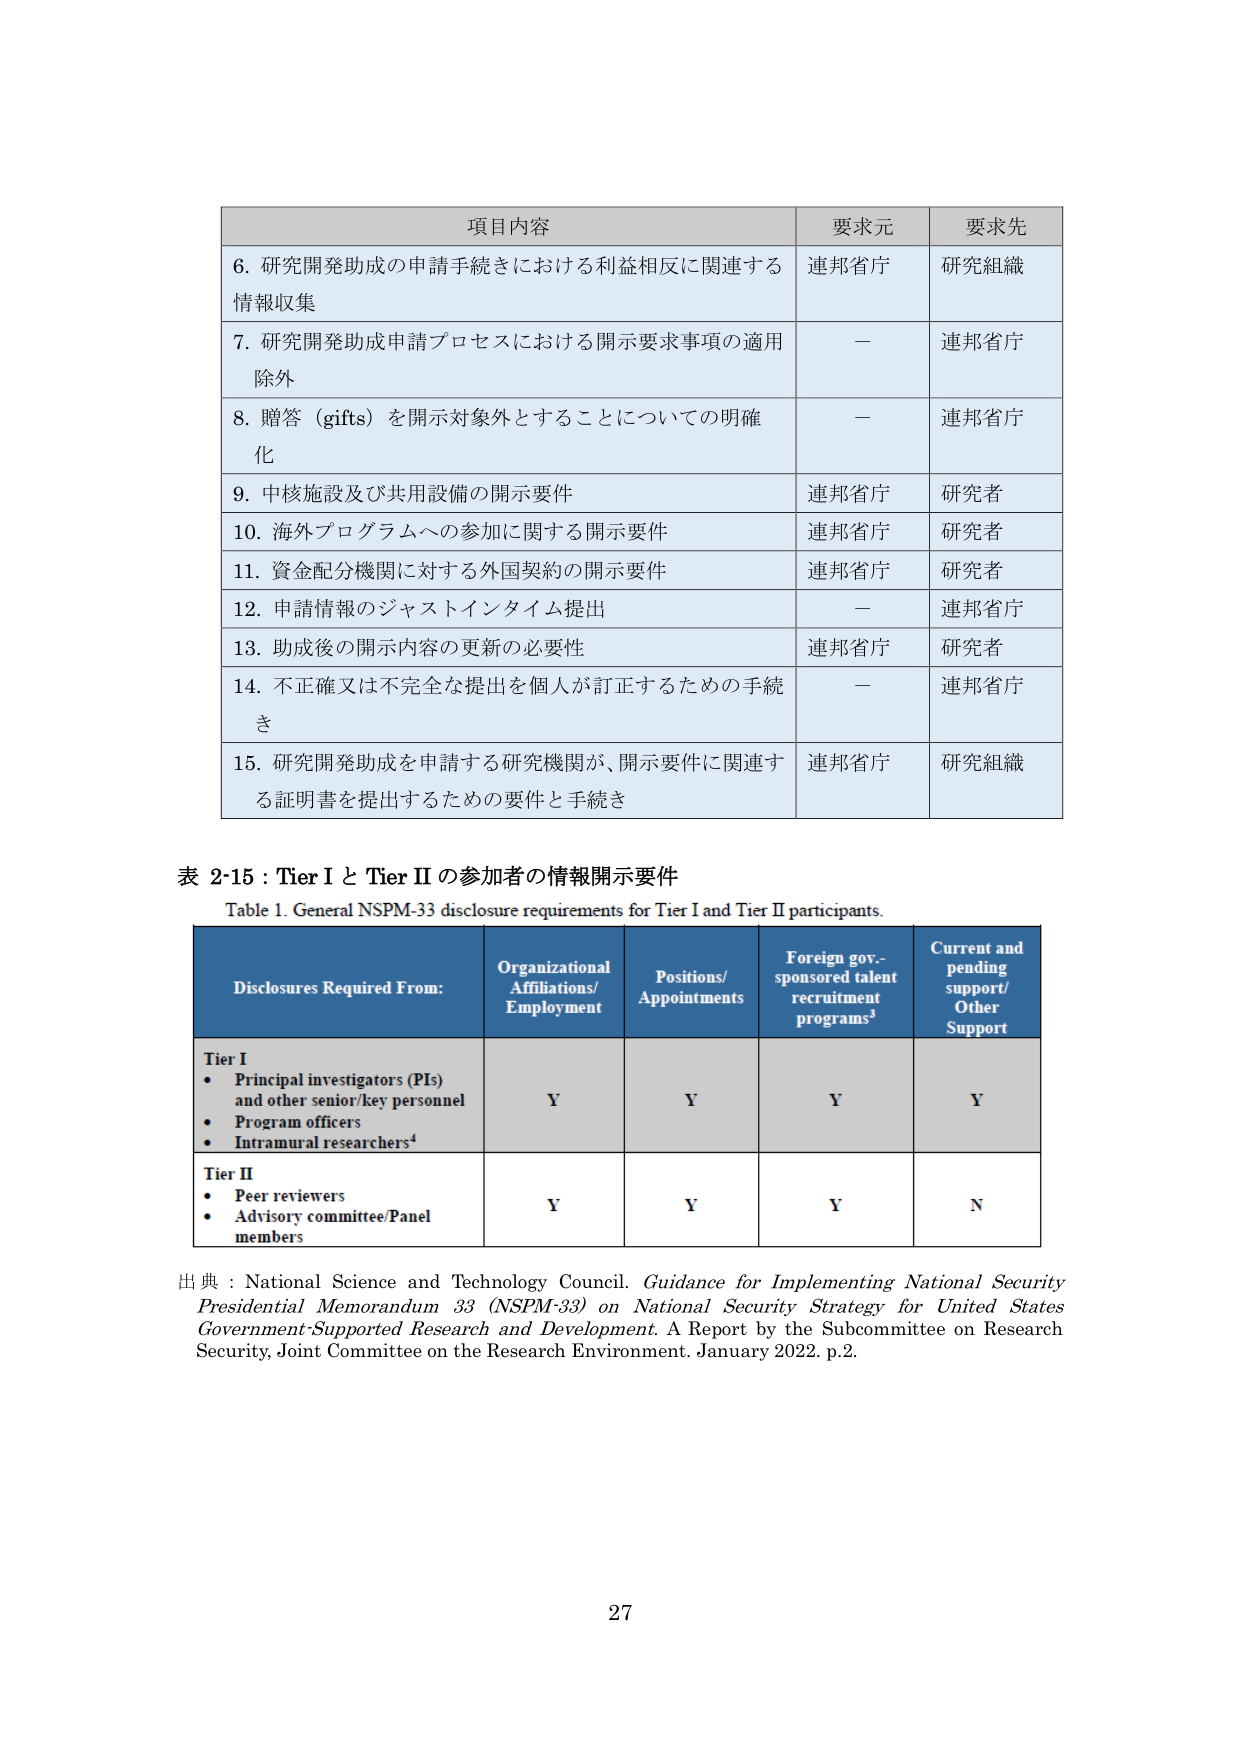
項目内容 要求元 要求先
6. 研究開発助成の申請手続きにおける利益相反に関連する情報収集 連邦省庁 研究組織
7. 研究開発助成申請プロセスにおける開示要求事項の適用除外 — 連邦省庁
8. 贈答（gifts）を開示対象外とすることについての明確化 — 連邦省庁
9. 中核施設及び共用設備の開示要件 連邦省庁 研究者
10. 海外プログラムへの参加に関する開示要件 連邦省庁 研究者
11. 資金配分機関に対する外国契約の開示要件 連邦省庁 研究者
12. 申請情報のジャストインタイム提出 — 連邦省庁
13. 助成後の開示内容の更新の必要性 連邦省庁 研究者
14. 不正確又は不完全な提出を個人が訂正するための手続き — 連邦省庁
15. 研究開発助成を申請する研究機関が、開示要件に関連する証明書を提出するための要件と手続き 連邦省庁 研究組織

表 2-15：Tier I と Tier II の参加者の情報開示要件
Table 1. General NSPM-33 disclosure requirements for Tier I and Tier II participants.

Disclosures Required From: Organizational Affiliations/Employment Positions/Appointments Foreign gov.-sponsored talent recruitment programs³ Current and pending support/Other Support
Tier I
• Principal investigators (PIs) and other senior/key personnel
• Program officers
• Intramural researchers⁴ Y Y Y Y
Tier II
• Peer reviewers
• Advisory committee/Panel members Y Y Y N

出典：National Science and Technology Council. Guidance for Implementing National Security Presidential Memorandum 33 (NSPM-33) on National Security Strategy for United States Government-Supported Research and Development. A Report by the Subcommittee on Research Security, Joint Committee on the Research Environment. January 2022. p.2.

27